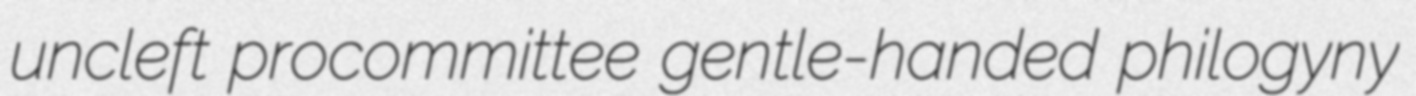
uncleft procommittee gentle-handed philogyny